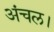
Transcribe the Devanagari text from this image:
अंचल।